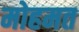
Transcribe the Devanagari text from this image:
मोहमत